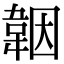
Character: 𩎪